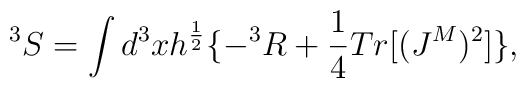
^3S = \int d^3x h^{\frac {1}{2}}\{ - ^3R + \frac {1}{4}Tr[(J^M)^2]\},